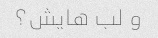
و لب هایش؟